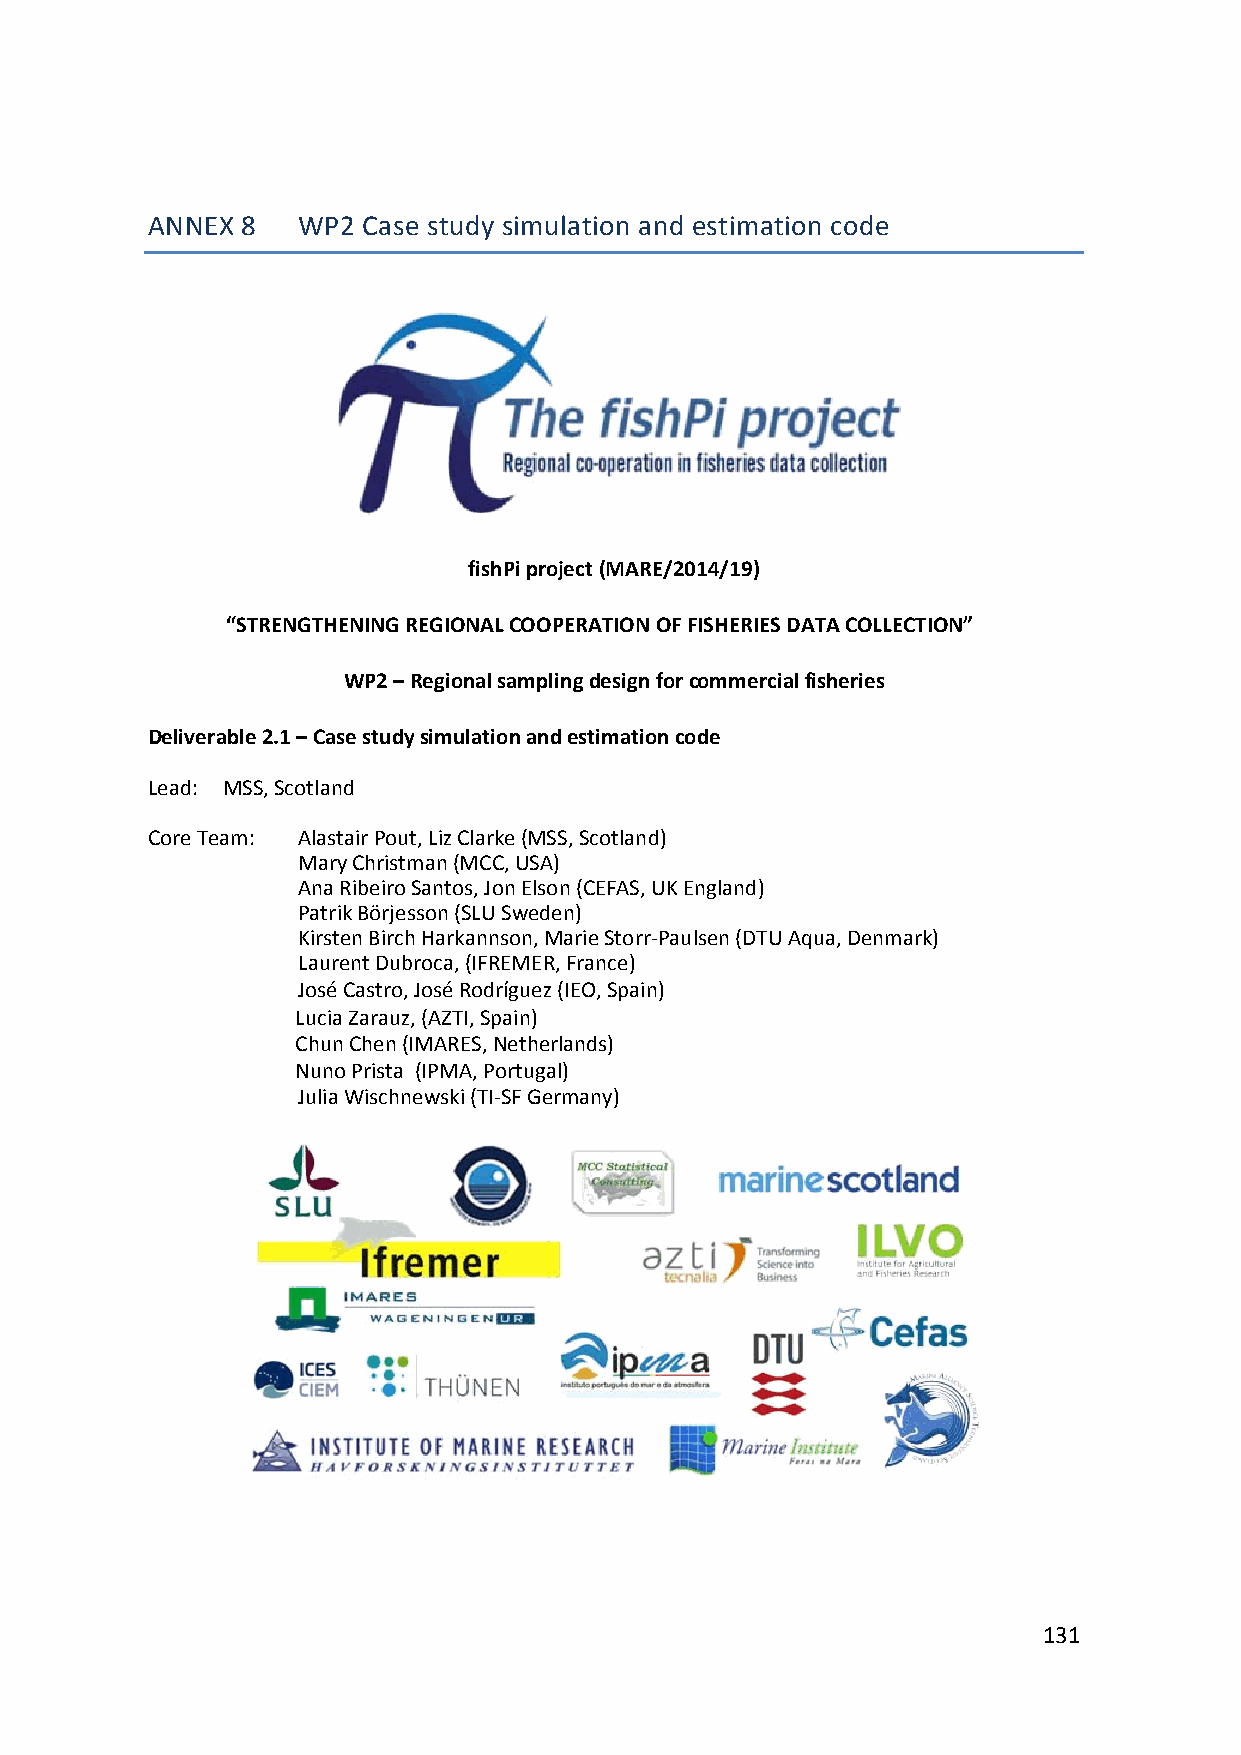
ANNEX 8   WP2 Case study simulation and estimation code
 fishPi project (MARE/2014/19)
 “STRENGTHENING REGIONAL COOPERATION OF FISHERIES DATA COLLECTION”
 WP2 – Regional sampling design for commercial fisheries
 Deliverable 2.1 – Case study simulation and estimation code
 Lead: MSS, Scotland
 Core Team: Alastair Pout, Liz Clarke (MSS, Scotland)
 Mary Christman (MCC, USA)
 Ana Ribeiro Santos, Jon Elson (CEFAS, UK England)
 Patrik Börjesson (SLU Sweden)
 Kirsten Birch Harkannson, Marie Storr‐Paulsen (DTU Aqua, Denmark)
 Laurent Dubroca, (IFREMER, France)
 José Castro, José Rodríguez (IEO, Spain)
 Lucia Zarauz, (AZTI, Spain)
 Chun Chen (IMARES, Netherlands)
 Nuno Prista (IPMA, Portugal)
 Julia Wischnewski (TI‐SF Germany)
 131